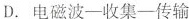
D.电磁波一收集一传输